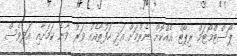
ޕޯސްޓްމޯޓަމް ރިޕޯޓް އެއްކޮށް ނެރުމަށް އަދި ހަފުތާއެއް ވަރު ވާނެ ކަމަށާއި އަދިވެސް